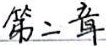
第二章